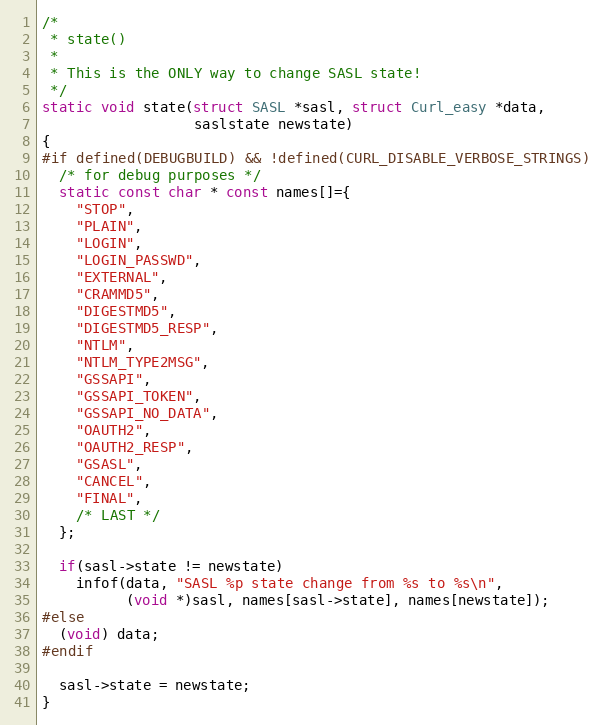
Language: C
/*
 * state()
 *
 * This is the ONLY way to change SASL state!
 */
static void state(struct SASL *sasl, struct Curl_easy *data,
                  saslstate newstate)
{
#if defined(DEBUGBUILD) && !defined(CURL_DISABLE_VERBOSE_STRINGS)
  /* for debug purposes */
  static const char * const names[]={
    "STOP",
    "PLAIN",
    "LOGIN",
    "LOGIN_PASSWD",
    "EXTERNAL",
    "CRAMMD5",
    "DIGESTMD5",
    "DIGESTMD5_RESP",
    "NTLM",
    "NTLM_TYPE2MSG",
    "GSSAPI",
    "GSSAPI_TOKEN",
    "GSSAPI_NO_DATA",
    "OAUTH2",
    "OAUTH2_RESP",
    "GSASL",
    "CANCEL",
    "FINAL",
    /* LAST */
  };

  if(sasl->state != newstate)
    infof(data, "SASL %p state change from %s to %s\n",
          (void *)sasl, names[sasl->state], names[newstate]);
#else
  (void) data;
#endif

  sasl->state = newstate;
}